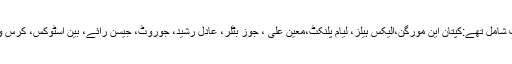
جبکہ انگلینڈ کی طرف شامل تھے:کپتان این مورگن،الیکس ہیلز، لیام پلنکٹ،معین علی ، جوز بٹلر، عادل رشید، جوروٹ، جیسن رائے، بین اسٹوکس، کرس ووکس اور مارک ووڈ۔